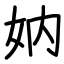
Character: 妠